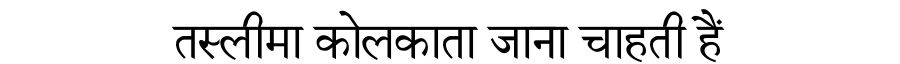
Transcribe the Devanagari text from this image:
तस्लीमा कोलकाता जाना चाहती हैं